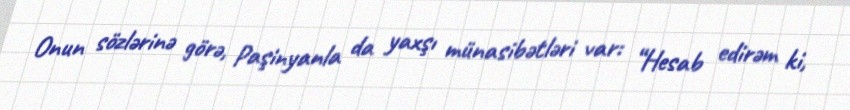
Onun sözlərinə görə, Paşinyanla da yaxşı münasibətləri var: “Hesab edirəm ki,